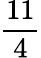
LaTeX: \frac{11}{4}